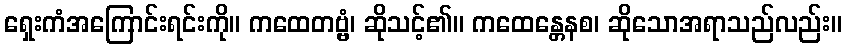
ရှေးကံအကြောင်းရင်းကို။ ကထေတဗ္ဗံ၊ ဆိုသင့်၏။ ကထေန္တေနစ၊ ဆိုသောအရာသည်လည်း။